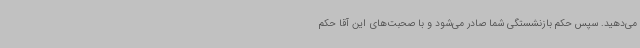
می‌دهید. سپس حکم بازنشستگی شما صادر می‌شود و با صحبت‌های این آقا حکم